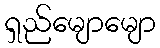
ရှည်မျောမျော